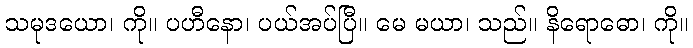
သမုဒယော၊ ကို။ ပဟီနော၊ ပယ်အပ်ပြီ။ မေ မယာ၊ သည်။ နိရောဓော၊ ကို။